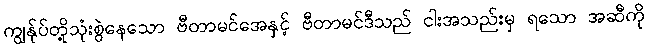
ကျွန်ုပ်တို့သုံးစွဲနေသော ဗီတာမင်အေနှင့် ဗီတာမင်ဒီသည် ငါးအသည်းမှ ရသော အဆီကို